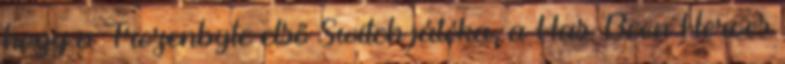
hogy a Frozenbyte első Switch játéka, a Has-Been Heroes